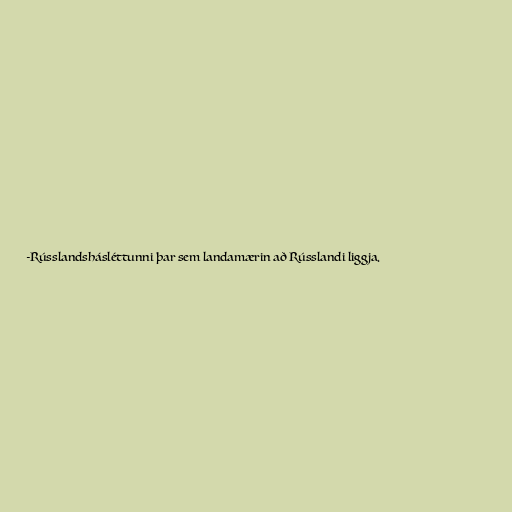
-Rússlandshásléttunni þar sem landamærin að Rússlandi liggja.